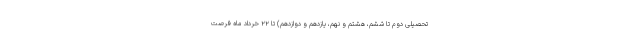
تحصیلی دوم تا ششم، هشتم و نهم، یازدهم و دوازدهم) تا ۲۲ خرداد ماه فرصت